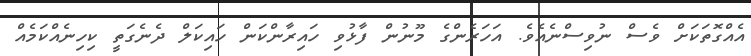
އެއްގޮތަކަށް ވެސް ނުވިސްނެއެވެ. އަހަރެންގެ މޫނުން ފާޅުވި ހައިރާންކަން ހައިކަލް ދެނެގަތީ ކިހިނެއްކަމެއް